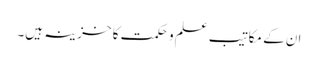
ان کے مکاتیب علم و حکمت کا خزینہ ہیں۔